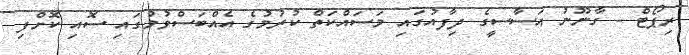
ރިޕޯޓް - ގާނޫނު އަސާސީގެ ދިފާއުގައި މަސައްކަތް ކުރުމުގެ އެއްބަސްވުމުގައި ސޮއި ކޮށްފި